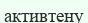
активтену